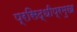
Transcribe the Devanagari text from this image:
प्रसिद्धीप्रमुख